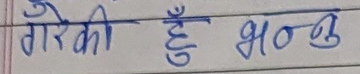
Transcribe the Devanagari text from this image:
गरिकी हुनु